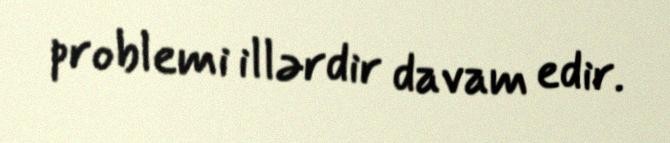
problemi illərdir davam edir.